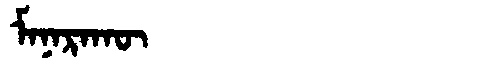
Manchu: ᠮᠠᠨᠠᡵᠠᡴᡡ
Romanization: MANARAKŪ